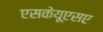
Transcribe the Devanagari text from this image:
एसकेयूएसए